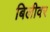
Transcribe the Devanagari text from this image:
बिलीवर